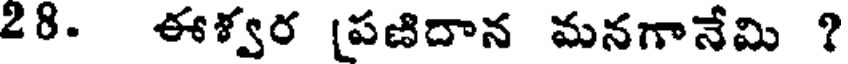
28. ఈళ్వర (పణిదాన మనగానేమి ?